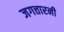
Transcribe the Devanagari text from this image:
जगत्तारनी